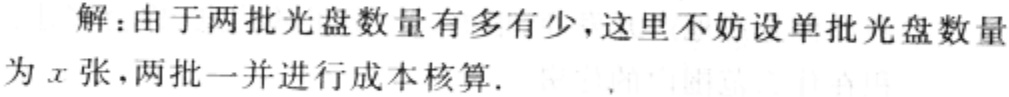
解：由于两批光盘数量有多有少，这里不妨设单批光盘数量为\(x\)张，两批一并进行成本核算.